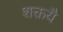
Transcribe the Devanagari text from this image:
शक्तयै